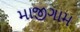
માજીગામ